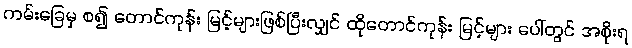
ကမ်းခြေမှ စ၍ တောင်ကုန်း မြင့်များဖြစ်ပြီးလျှင် ထိုတောင်ကုန်း မြင့်များ ပေါ်တွင် အစိုးရ